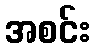
အစင်း